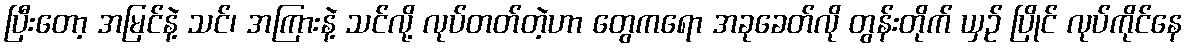
ပြီးတော့ အမြင်နဲ့ သင်၊ အကြားနဲ့ သင်လို့ လုပ်တတ်တဲ့ဟာ တွေကရော အခုခေတ်လို တွန်းတိုက် ယှဉ် ပြိုင် လုပ်ကိုင်နေ